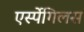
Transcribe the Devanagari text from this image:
एर्स्पेगिलस